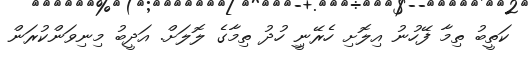
ކަތީބު ތިމާ ފޭހުނު އިލޮށި ހެރޭނިީ ހުދު ތިމާގެ ލޮލަށް. އަދީބު މިނިވަންކުރަން